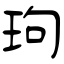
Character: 玽